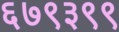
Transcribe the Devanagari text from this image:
६७९३९९